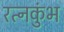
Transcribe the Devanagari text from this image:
रत्नकुंभ